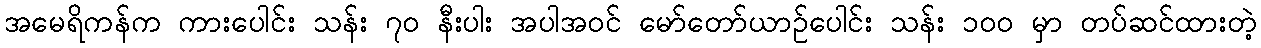
အမေရိကန်က ကားပေါင်း သန်း ၇၀ နီးပါး အပါအဝင် မော်တော်ယာဉ်ပေါင်း သန်း ၁၀၀ မှာ တပ်ဆင်ထားတဲ့